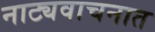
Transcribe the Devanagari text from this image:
नाट्यवाचनात